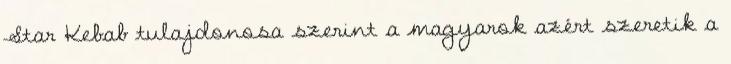
Star Kebab tulajdonosa szerint a magyarok azért szeretik a